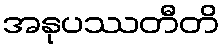
အနုပဿတီတိ